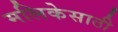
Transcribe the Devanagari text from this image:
मलिकेसाठी